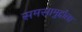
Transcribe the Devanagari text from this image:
समसामुद्दौला